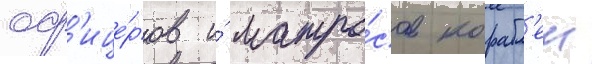
оф'ице́ров и́ матро́сов корабл'еи